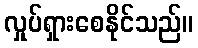
လှုပ်ရှားစေနိုင်သည်။